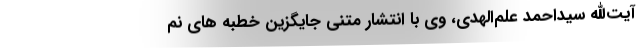
آیت‌الله سیداحمد علم‌الهدی، وی با انتشار متنی جایگزین خطبه های نم